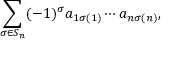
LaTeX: \sum _ { \sigma \in S _ { n } } ( - 1 ) ^ { \sigma } a _ { 1 \sigma ( 1 ) } \cdots a _ { n \sigma ( n ) } ,